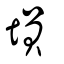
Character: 塤